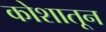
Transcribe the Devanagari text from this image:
कोशातून